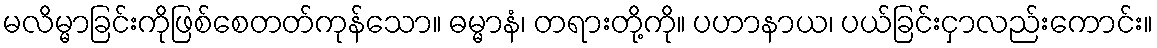
မလိမ္မာခြင်းကိုဖြစ်စေတတ်ကုန်သော။ ဓမ္မာနံ၊ တရားတို့ကို။ ပဟာနာယ၊ ပယ်ခြင်းငှာလည်းကောင်း။